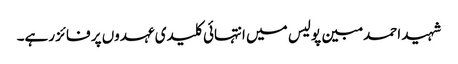
شہید احمد مبین پولیس میں انتہائی کلیدی عہدوں پر فائز رہے۔